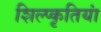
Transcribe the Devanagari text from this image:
शिल्प्कृतियां